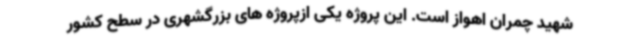
شهید چمران اهواز است. این پروژه یکی ازپروژه های بزرگشهری در سطح کشور